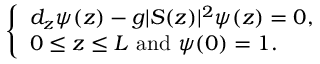
\left\lbrace \begin{array} { l } { d _ { z } \psi ( z ) - g \vert S ( z ) \vert ^ { 2 } \psi ( z ) = 0 , } \\ { 0 \le z \le L \ \mathrm { a n d } \ \psi ( 0 ) = 1 . } \end{array} \right.